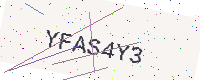
Text: YFAS4Y3